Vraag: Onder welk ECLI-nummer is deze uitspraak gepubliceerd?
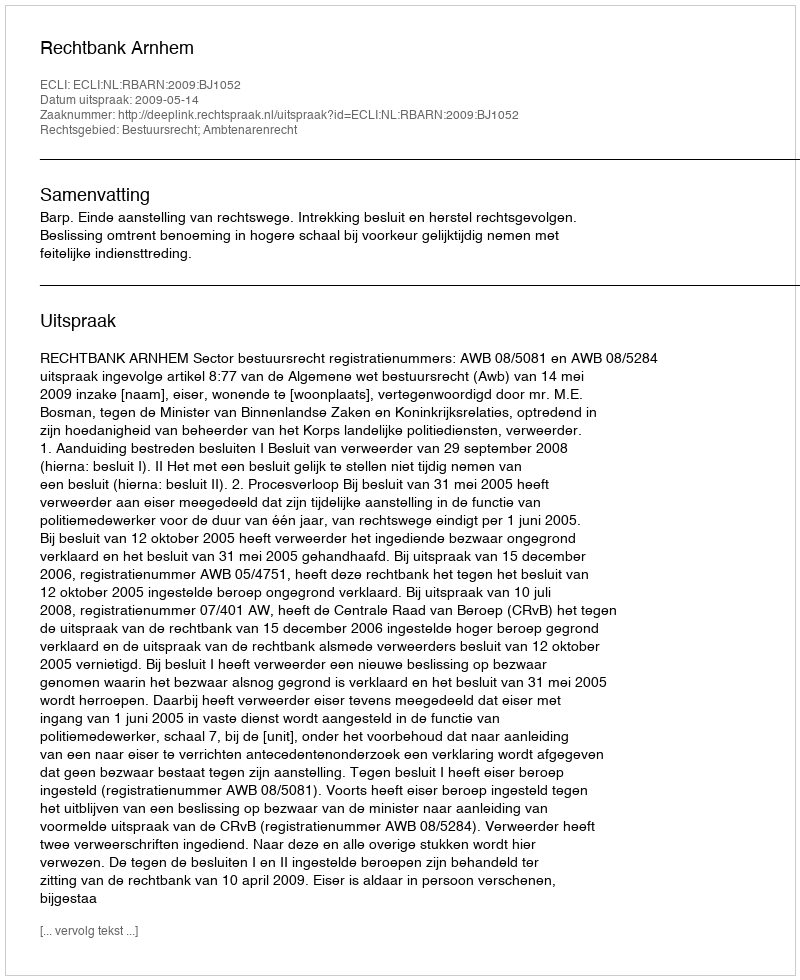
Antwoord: ECLI:NL:RBARN:2009:BJ1052